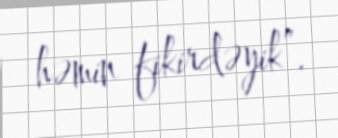
həmin fikirdəyik”.